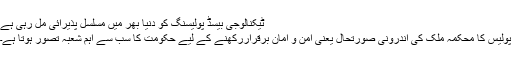
ٹیکنالوجی بیسڈ پولیسنگ کو دنیا بھر میں مسلسل پذیرائی مل رہی ہے
پولیس کا محکمہ ملک کی اندرونی صورتحال یعنی امن و امان برقراررکھنے کے لیے حکومت کا سب سے اہم شعبہ تصور ہوتا ہے۔